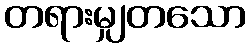
တရားမျှတသော